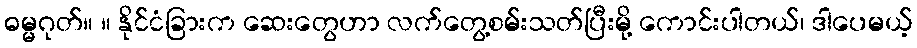
ဓမ္မဂုတ်။ ။ နိုင်ငံခြားက ဆေးတွေဟာ လက်တွေ့စမ်းသတ်ပြီးမို့ ကောင်းပါတယ်၊ ဒါပေမယ့်